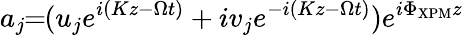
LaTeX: a_{j}\! \! =\! \! (u_{j}e^{i(Kz-\Omega t)}+iv_{j}e^{-i(Kz-\Omega t)})e^{i\Phi_{\mathrm{XPM}}z}